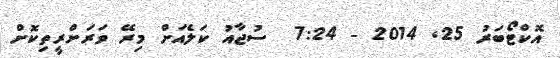
އޮކްޓޯބަރު 25